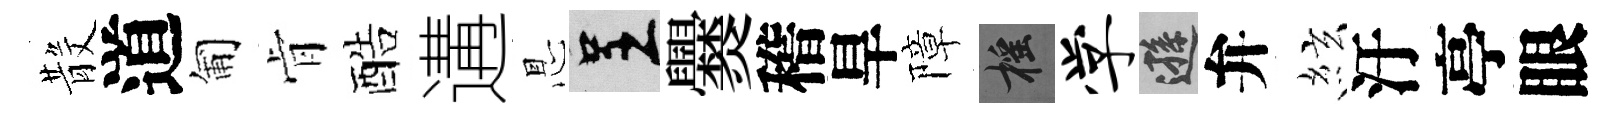
𣪚道匍肻酷遘㤙呈爨稽旱障摇学遜弁絃汙亭眼